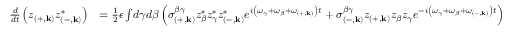
\begin{array} { r l } { \frac { d } { d t } \left( z _ { \left( + , \mathbf { k } \right) } z _ { \left( - , \mathbf { k } \right) } ^ { * } \right) } & { = \frac { 1 } { 2 } \epsilon \int \! d \gamma d \beta \left( \sigma _ { \left( + , \mathbf { k } \right) } ^ { \beta \gamma } z _ { \beta } ^ { * } z _ { \gamma } ^ { * } z _ { \left( - , \mathbf { k } \right) } ^ { * } e ^ { i \left( \omega _ { \gamma } + \omega _ { \beta } + \omega _ { \left( + , \mathbf { k } \right) } \right) t } + \sigma _ { \left( - , \mathbf { k } \right) } ^ { \beta \gamma } z _ { \left( + , \mathbf { k } \right) } z _ { \beta } z _ { \gamma } e ^ { - i \left( \omega _ { \gamma } + \omega _ { \beta } + \omega _ { \left( - , \mathbf { k } \right) } \right) t } \right) } \end{array}